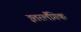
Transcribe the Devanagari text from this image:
इतरलैंगिक